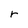
Character: r